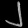
Digit: ၂